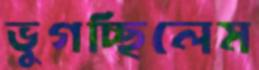
ভুগচ্ছিলেম